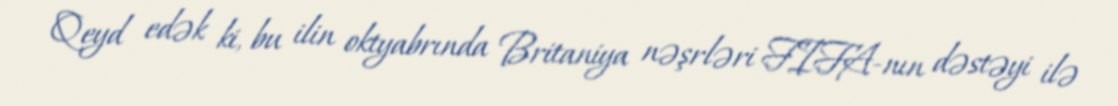
Qeyd edək ki, bu ilin oktyabrında Britaniya nəşrləri FIFA-nın dəstəyi ilə